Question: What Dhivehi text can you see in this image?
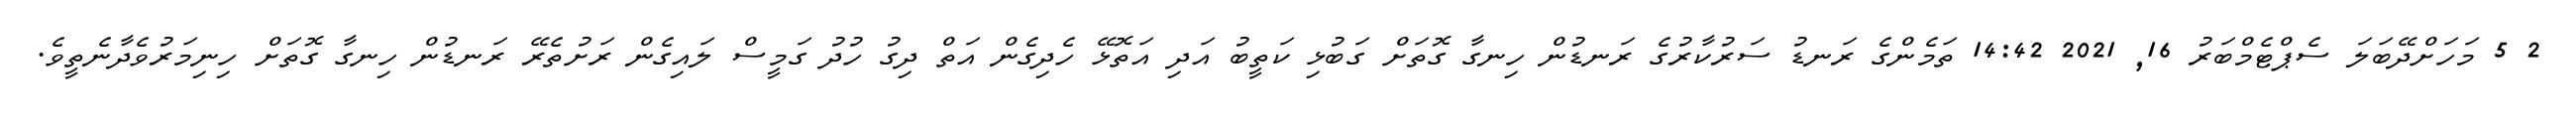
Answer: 2 5 މަހަށްދޭބަލަ ސެޕްޓެމްބަރު 16, 2021 14:42 ތަމެންގެ ރަނޑު ސަރުކާރުގެ ރަނޑުން ހިނގާ ގޮތަށް ގަބުޅި ކަތީބު އަދި އަތޮޅޭ ހެދިގެން އަތް ދިގު ހުދު ގަމީސް ލައިގެން ރަށުތެރޭ ރަނޑުން ހިނގާ ގޮތަށް ހިނިމަރުވެދާނެތީވެ.